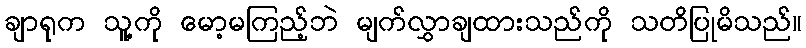
ချာရုက သူ့ကို မော့မကြည့်ဘဲ မျက်လွှာချထားသည်ကို သတိပြုမိသည်။